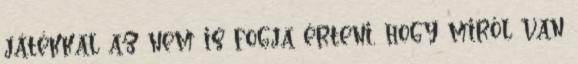
játékkal az nem is fogja érteni, hogy miről van